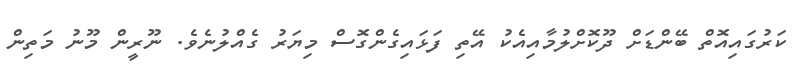
ކަރުގައިއޮތް ބޭންޑަށް ދޫކޮށްލުމާއިއެކު އޭތި ފަޅައިގެންގޮސް މިޔަރު ގެއްލުނެވެ. ނޫރީން މޫނު މަތިން